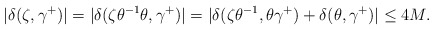
\begin{align*}|\delta(\zeta,\gamma^+)|=|\delta(\zeta\theta^{-1}\theta,\gamma^+)|=|\delta(\zeta\theta^{-1},\theta \gamma^+)+\delta(\theta,\gamma^+)|\leq 4M.\end{align*}